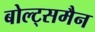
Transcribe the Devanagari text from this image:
बोल्ट्समैन